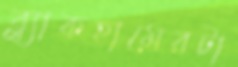
ব্ল্যাকহামেরটা